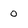
Character: 0